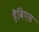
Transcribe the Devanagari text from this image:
हैबिएस